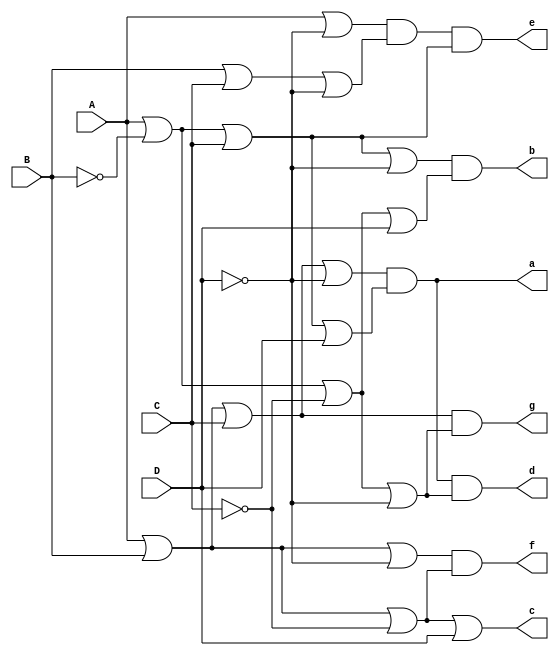
module decod7seg (
    input A,		// Entradas A, B, C, D
	 input B,
	 input C,
	 input D,        
    output a,		// Sadas a, b, c, d, e, f, g
	 output b,
	 output c,
	 output d,
	 output e,
	 output f,
	 output g    
);

    // Clculo dos segmentos a-g com base nas entradas A, B, C, D

    // Segmento 'a'
    assign a = (A | B | C | (~D)) & (A | (~B) | C | D);

    // Segmento 'b'
    assign b = (A | (~B) | C | (~D)) & (A | (~B) | (~C) | D);

    // Segmento 'c'
    assign c = (A | B | (~C) | D);

    // Segmento 'd'
    assign d = (A | (~B) | C | D) & (A | B | C | (~D)) & (A | ~B | (~C) | (~D));

    // Segmento 'e'
    assign e = (A | (~D)) & (B | C | (~D)) & (A | (~B) | C);

    // Segmento 'f'
    assign f = (A | B | (~D)) & (A | B | (~C));

    // Segmento 'g'
    assign g = (A | B | C) & (A | (~B) | (~C) | (~D));

endmodule